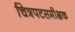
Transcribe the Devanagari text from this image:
चित्रपटसमीक्षक